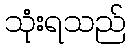
သုံးရသည်